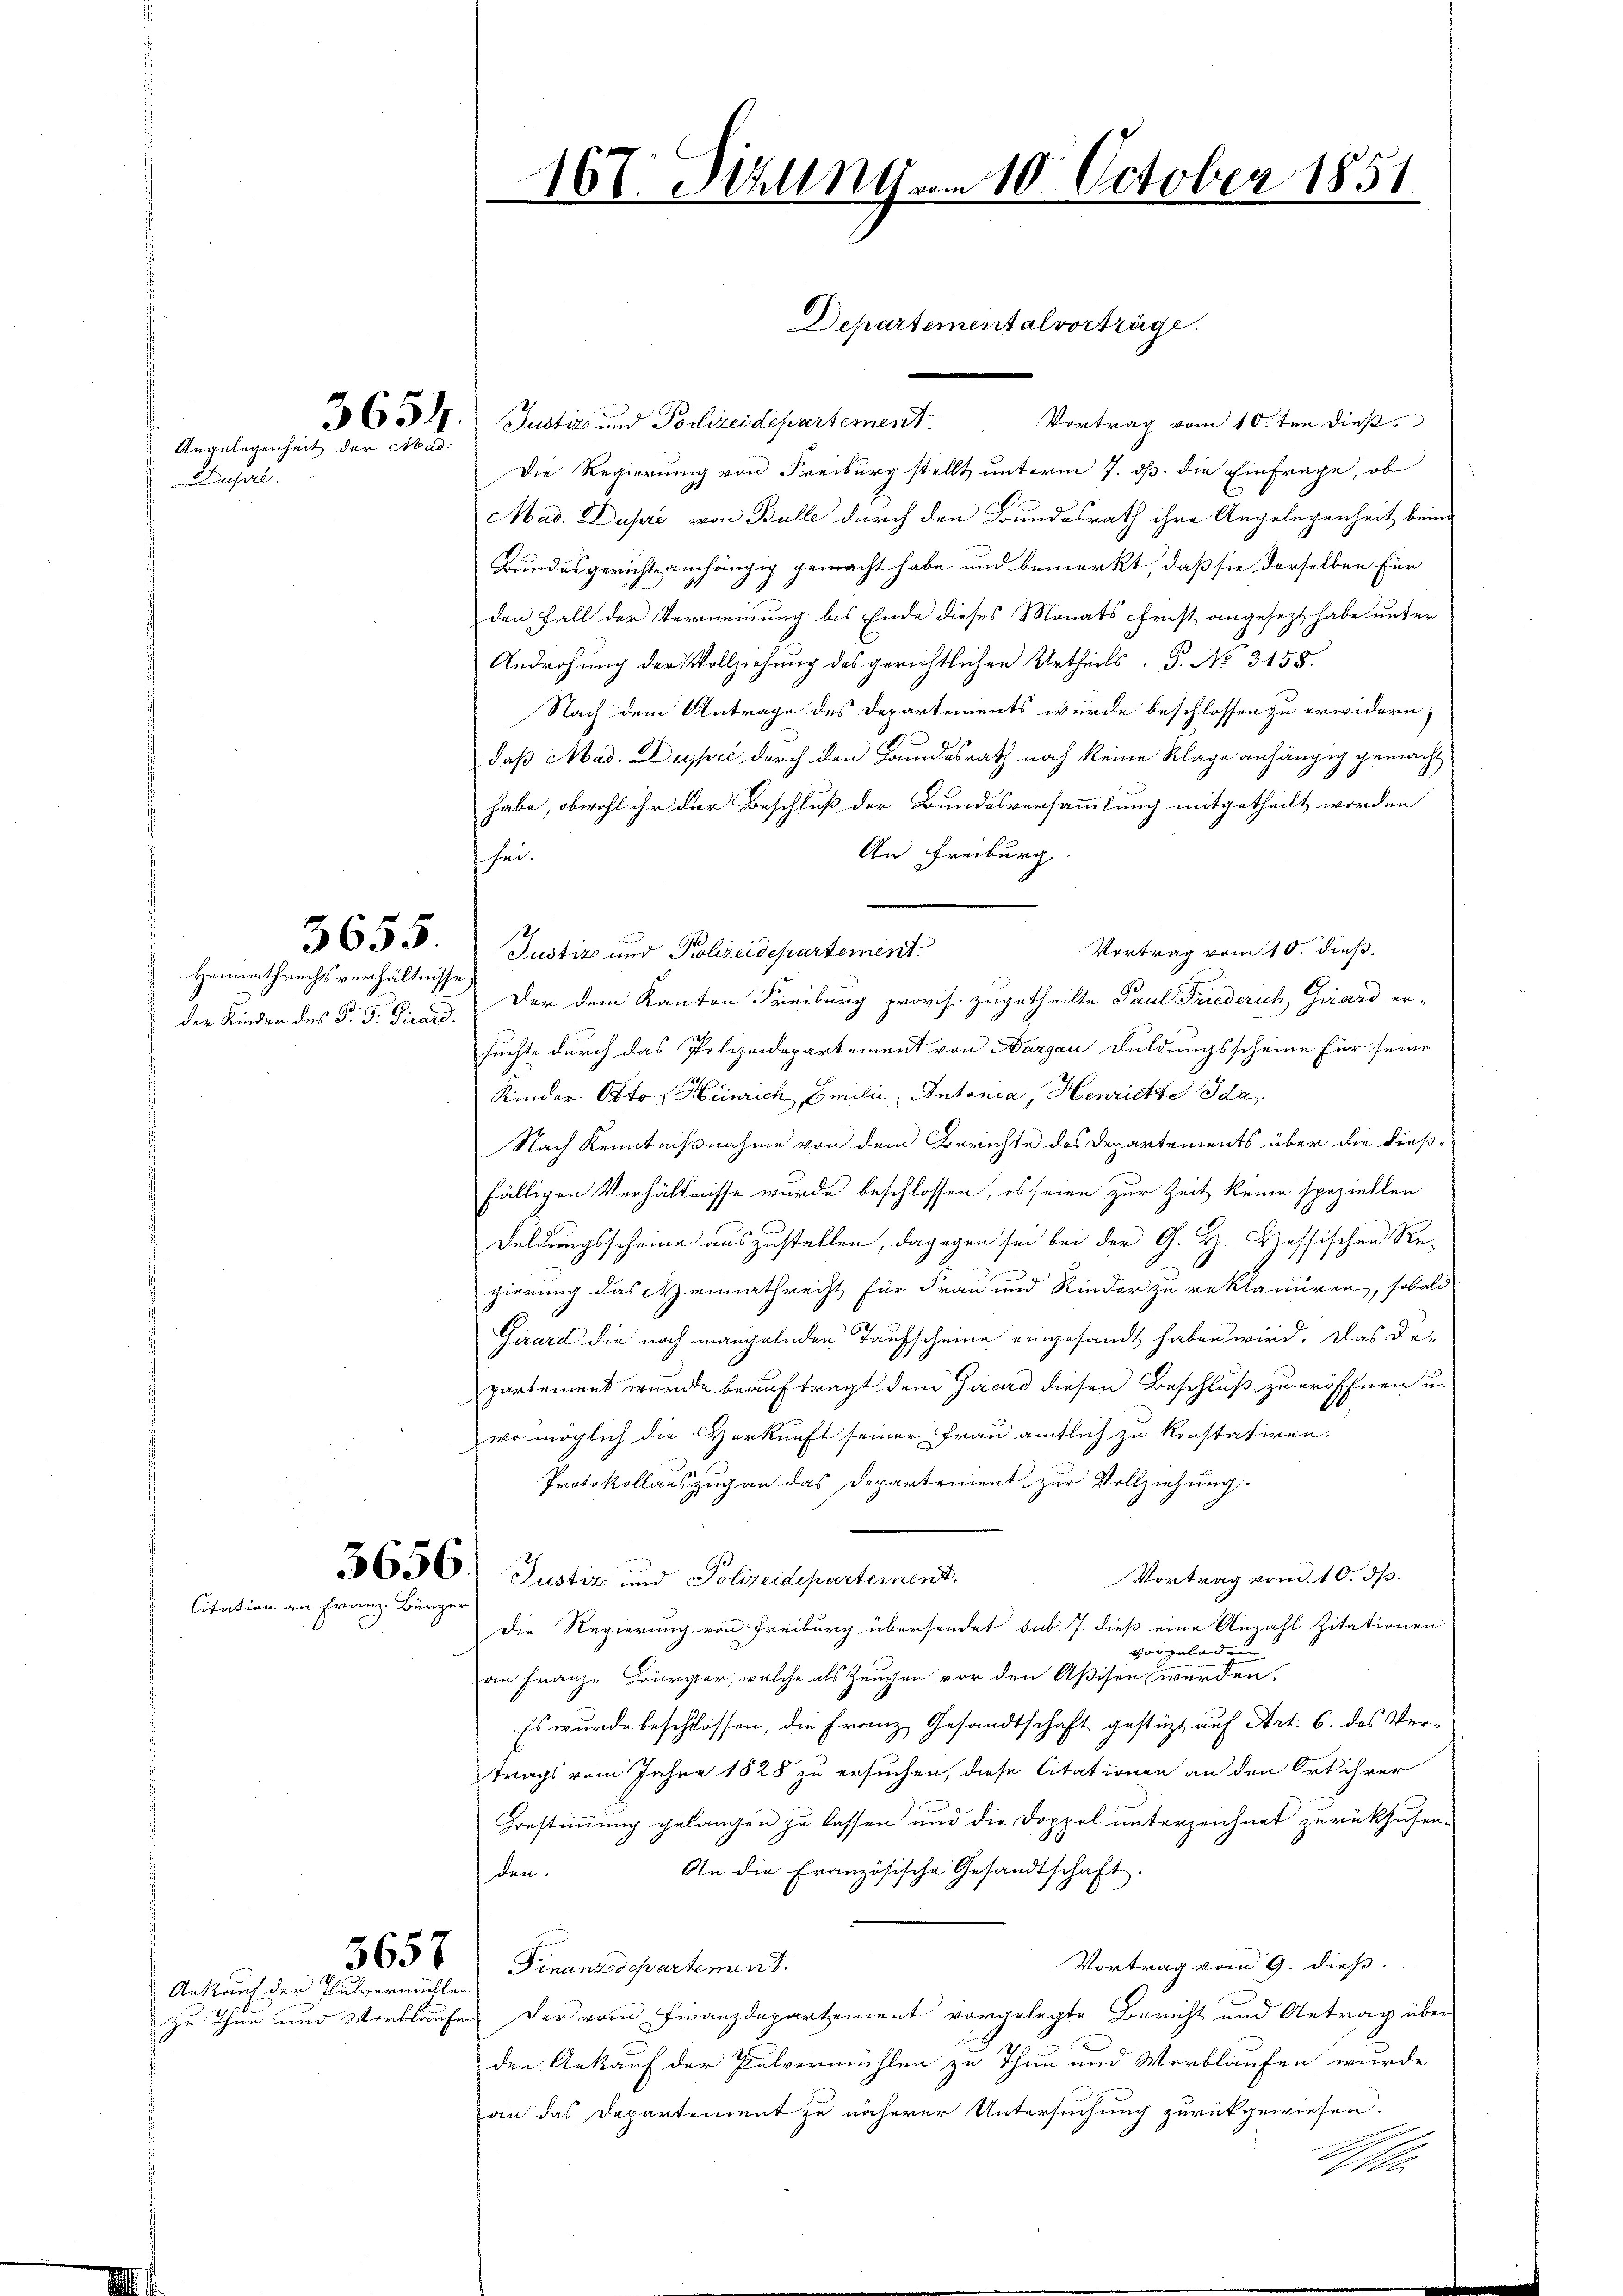
Husar

Angelegenheit der Mad:

3655.

Heimathrechtsverhältnisse)
der Kinder des P. F. Girard.

5656
Citation an Franz Bürger

Ankauf der Pulvermühlen

3657

654. Justiz und Polizeidepartement. Vortrag vom 10.ten dieß¬
Die Regierung von Freiburg stellt unterm 7. ds. die Einfrage, ob
Mad: Dupre von Bulle durch den Bundesrath ihre Angelegenheit beim
Bundesgerichte anhängig gemacht habe und bemerkt, daß sie derselben für
den Fall der Vermeinung bis Ende dieses Monats Frist angesezt habe unter
Androhung der Vollziehung des gerichtlichen Urtheils. P. No. 3158.
Nach dem Antrage des Departements wurde beschlossen zu erwidern,
daß Mad. Dassel durch den Bundesrath noch keine Klage anhängig gemacht
habe, obwohl ihr der Beschluß der Bundesversammlung mitgetheilt worden
An Freiburg.
hei¬
Vortrag vom 10. dieß.
Justiz und Polizeidepartement.
Der dem Kanton Freiburg provis. zugetheilte Paul Friederich Girard er-
suchte durch das Polizeidepartement von Aargau duldungsscheine für seine
Kinder Otto Heinrich, Emilie Antonia, Henriette Ida
Nach Kenntnißnahme von dem Berichte des Departements über die dießfälligen Verhältnisse wurde beschlossen, es seien zur Zeit keine speziellen
Duldungsscheine auszustellen, dagegen sei bei der G. H. Hessischen Regierung das Heimathrecht für Frau und Kinder zu reklamiren, sobald
Girard die noch mangelnden Taufscheine eingesandt haben wird. Das De-
partement wurde beauftragt dem Girard diesen Beschluß zu eröffnen u.
wo möglich die Verkunft seiner Frau amtlich zu konstatiren.
Protokollauszug an das Departement zur Vollziehung.
Vortrag vom 10. dß.
Justiz und Polizeidepartement.
Die Regierung von Freiburg übersendet sub. 7. dieß eine Anzahl Zitationen
vorgelad
an Franz-Bürger, welche als Zeugen vor den Aßisen werden.
Es wurde beschlossen, die Franz Gesandtschaft gestüzt auf Art. 6. das Ver-
trags vom Jahre 1828 zu ersuchen, diese Citationen an den Ort ihrer
Grestimmung gelangen zu lassen und die Doppel unterzeichnet zurückzusen¬
An die Französische Gesandtschaft.
den.
Vortrag vom 9. dieß.
Finanzdepartement
zu Than und Verblaufen, der vom Finanzdepartement vorgelegte Bericht und Antrag über
5
den Ankauf der Pulvermühlen zu Thun und Worblaufen wurde
an das Departement zu näherer Untersuchung zurückgewiesen.

167. Malln vom 10. October 1851

Departemental vorträge.